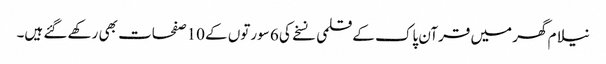
نیلام گھر میں قرآن پاک کے قلمی نسخے کی 6 سورتوں کے 10صفحات بھی رکھے گئے ہیں۔